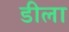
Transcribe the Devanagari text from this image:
डीला